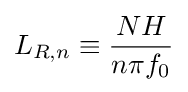
L_{R,n}\equiv {\frac {NH}{n\pi f_{0}}}